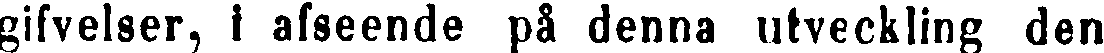
gifvelser, i afseende på denna utveckling den